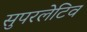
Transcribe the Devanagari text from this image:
सुपरलेटिव